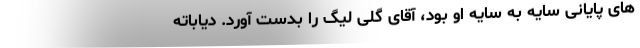
های پایانی سایه به سایه او بود، آقای گلی لیگ را بدست آورد. دیاباته